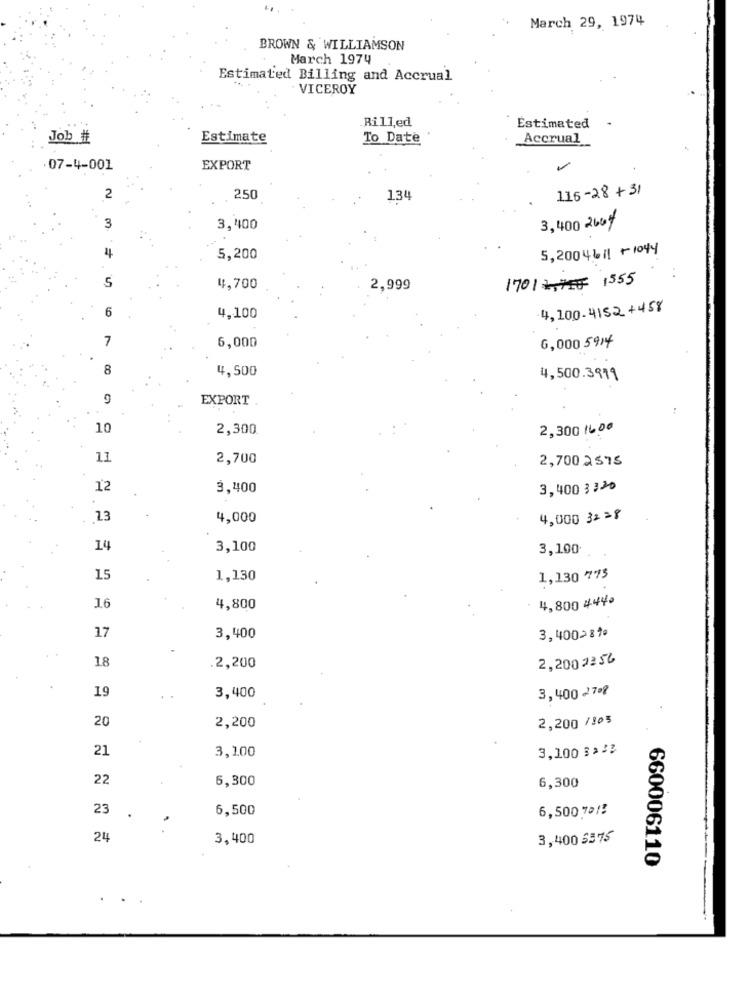
March 29, 1974
BROWN & WILLIAMSON
March 1974
Estimated Billing and Accrual
. VICEROY
Rill,ed
Estimated +
Job #
Estimate
To Date
Accrual
07-4-001
EXPORT
116-28+31
2
250
134
3
3,400
3,400 26of
5,2004611 -1044
5,200
S
1701 1555
4,700
2,999
6
4,100-4152+458
4,100
7
6,000
6,000 5914
8
4,500
4,500.3911
9
EXPORT
10
2,300
2,300 16,00
11
2,700
2,700 2 $75
12
3,400
3,400332
13
4,000
4,000 32 28
14
3,100
3,100
15
1,130
1,130 775
4,800 444.
16
4,800
17
3,400
3,400>81ª
18
2,2002256
2,200
19
3,400 27·8
3,400
20
2,200 /203
2,200
21
3,100
3,100 === 2
22
6,300
6,300
23
6,500
6,500.70/
24
3,400
3,400 $375
660006110